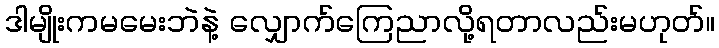
ဒါမျိုးကမမေးဘဲနဲ့ လျှောက်ကြေညာလို့ရတာလည်းမဟုတ်။